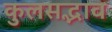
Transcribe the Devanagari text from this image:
कुलसद्भाव